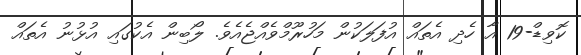
ކޮވިޑް-19 އާ ހެދި އެތައް އުފަލަކުން މަހުރޫމްވެއްޖެއެވެ. ލޯބިން އެކުގައި އުޅުނު އެތައް